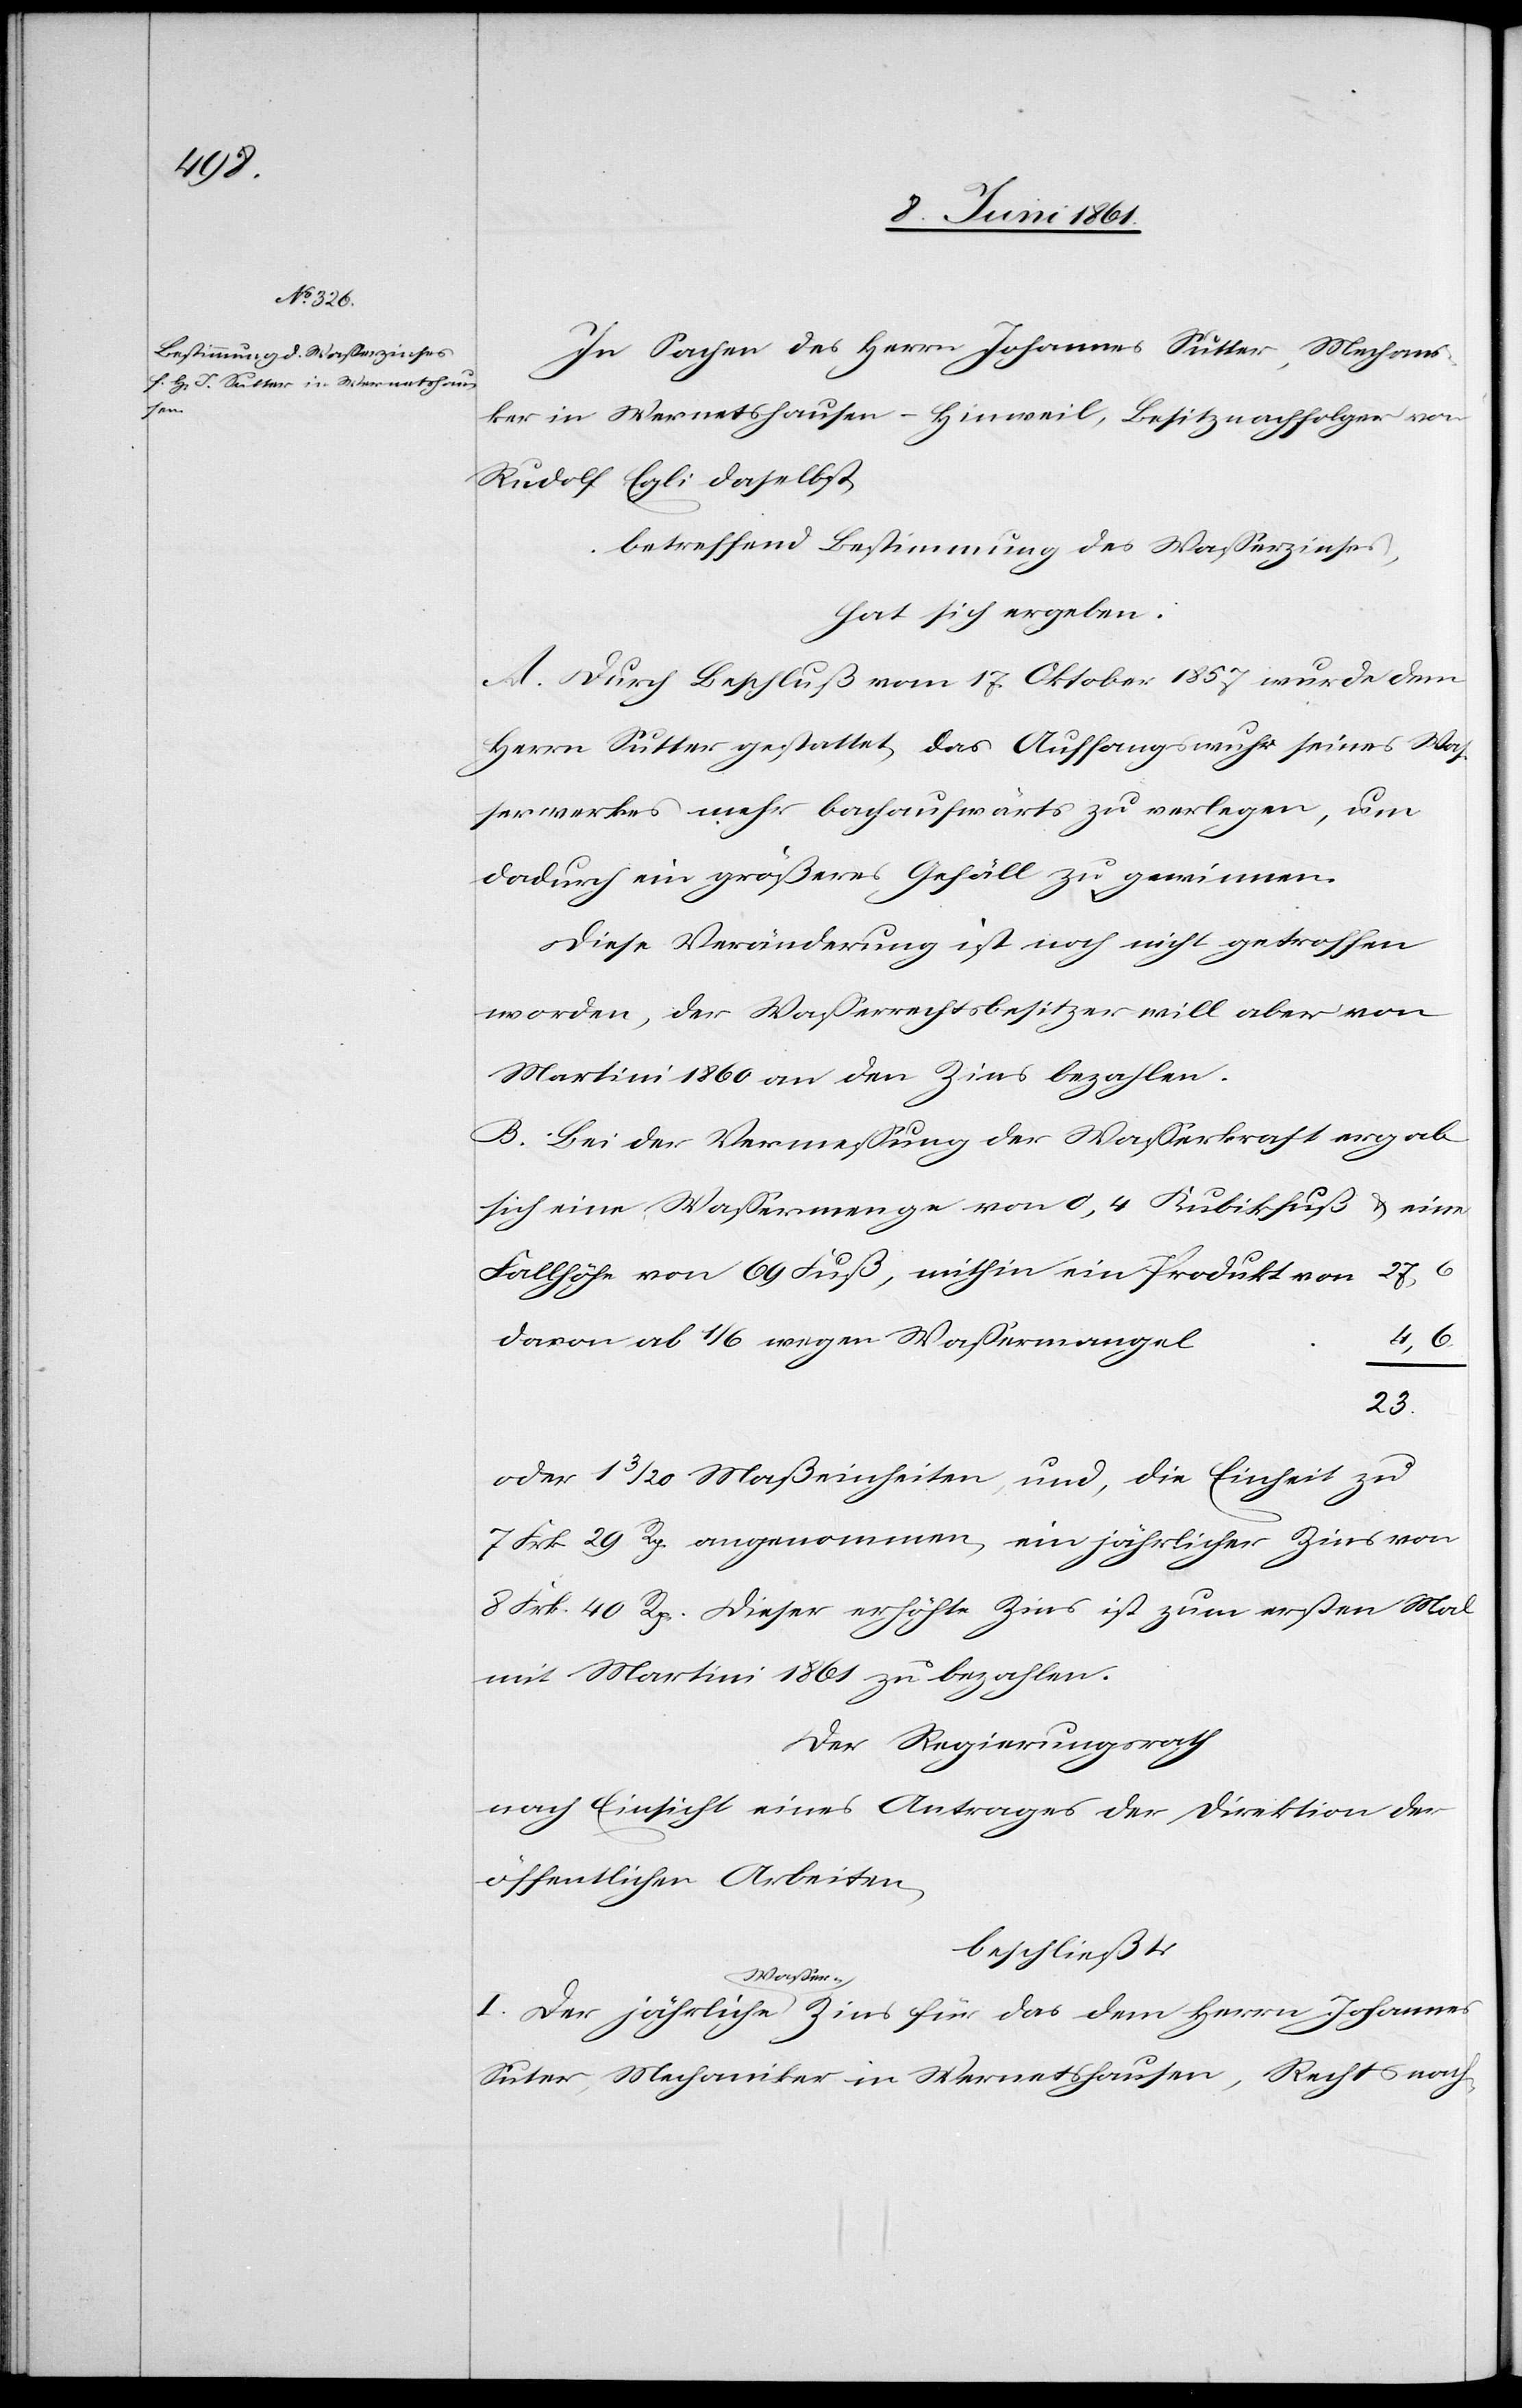
eine

In Sachen des Herrn Johannes Sutter, Mechani¬
ker in Wernetshausen-Hinweil, Besitznachfolger von
Rudolf Egli daselbst,
betreffend Bestimmung des Wasserzinses,
hat sich ergeben:
A. Durch Beschluß vom 17. Oktober 1857 wurde dem
Herrn Sutter gestattet, das Auffangswuhr seines Was¬
serwerkes mehr bachaufwärts zu verlegen, um
dadurch ein größeres Gefäll zu gewinnen.
Diese Veränderung ist noch nicht getroffen
worden, der Wasserrechtsbesitzer will aber von
Martini 1860 an den Zins bezahlen.
B. Bei der Vermessung der Wasserkraft ergab
sich eine Wassermenge von 0,4 Kubikfuß u.
Fallhöhe von 69 Fuß, mithin ein Produkt von
27,6
davon ab 1/6 wegen Wassermangel
23.
oder 1 3/20 Maßeinheiten, und, die Einheit zu
7 Frk. 29 Rp. angenommen, ein jährlicher Zins von
8 Frk. 40 Rp. Dieser erhöhte Zins ist zum ersten Mal
mit Martini 1861 zu bezahlen.
Der Regierungsrath
nach Einsicht eines Antrages der Direktion der
öffentlichen Arbeiten,
beschließt:
I. Der jährliche Wasser-Zins für das dem Herrn Johannes
Suter [sic!], Mechaniker in Wernetshausen, Rechtsnach-